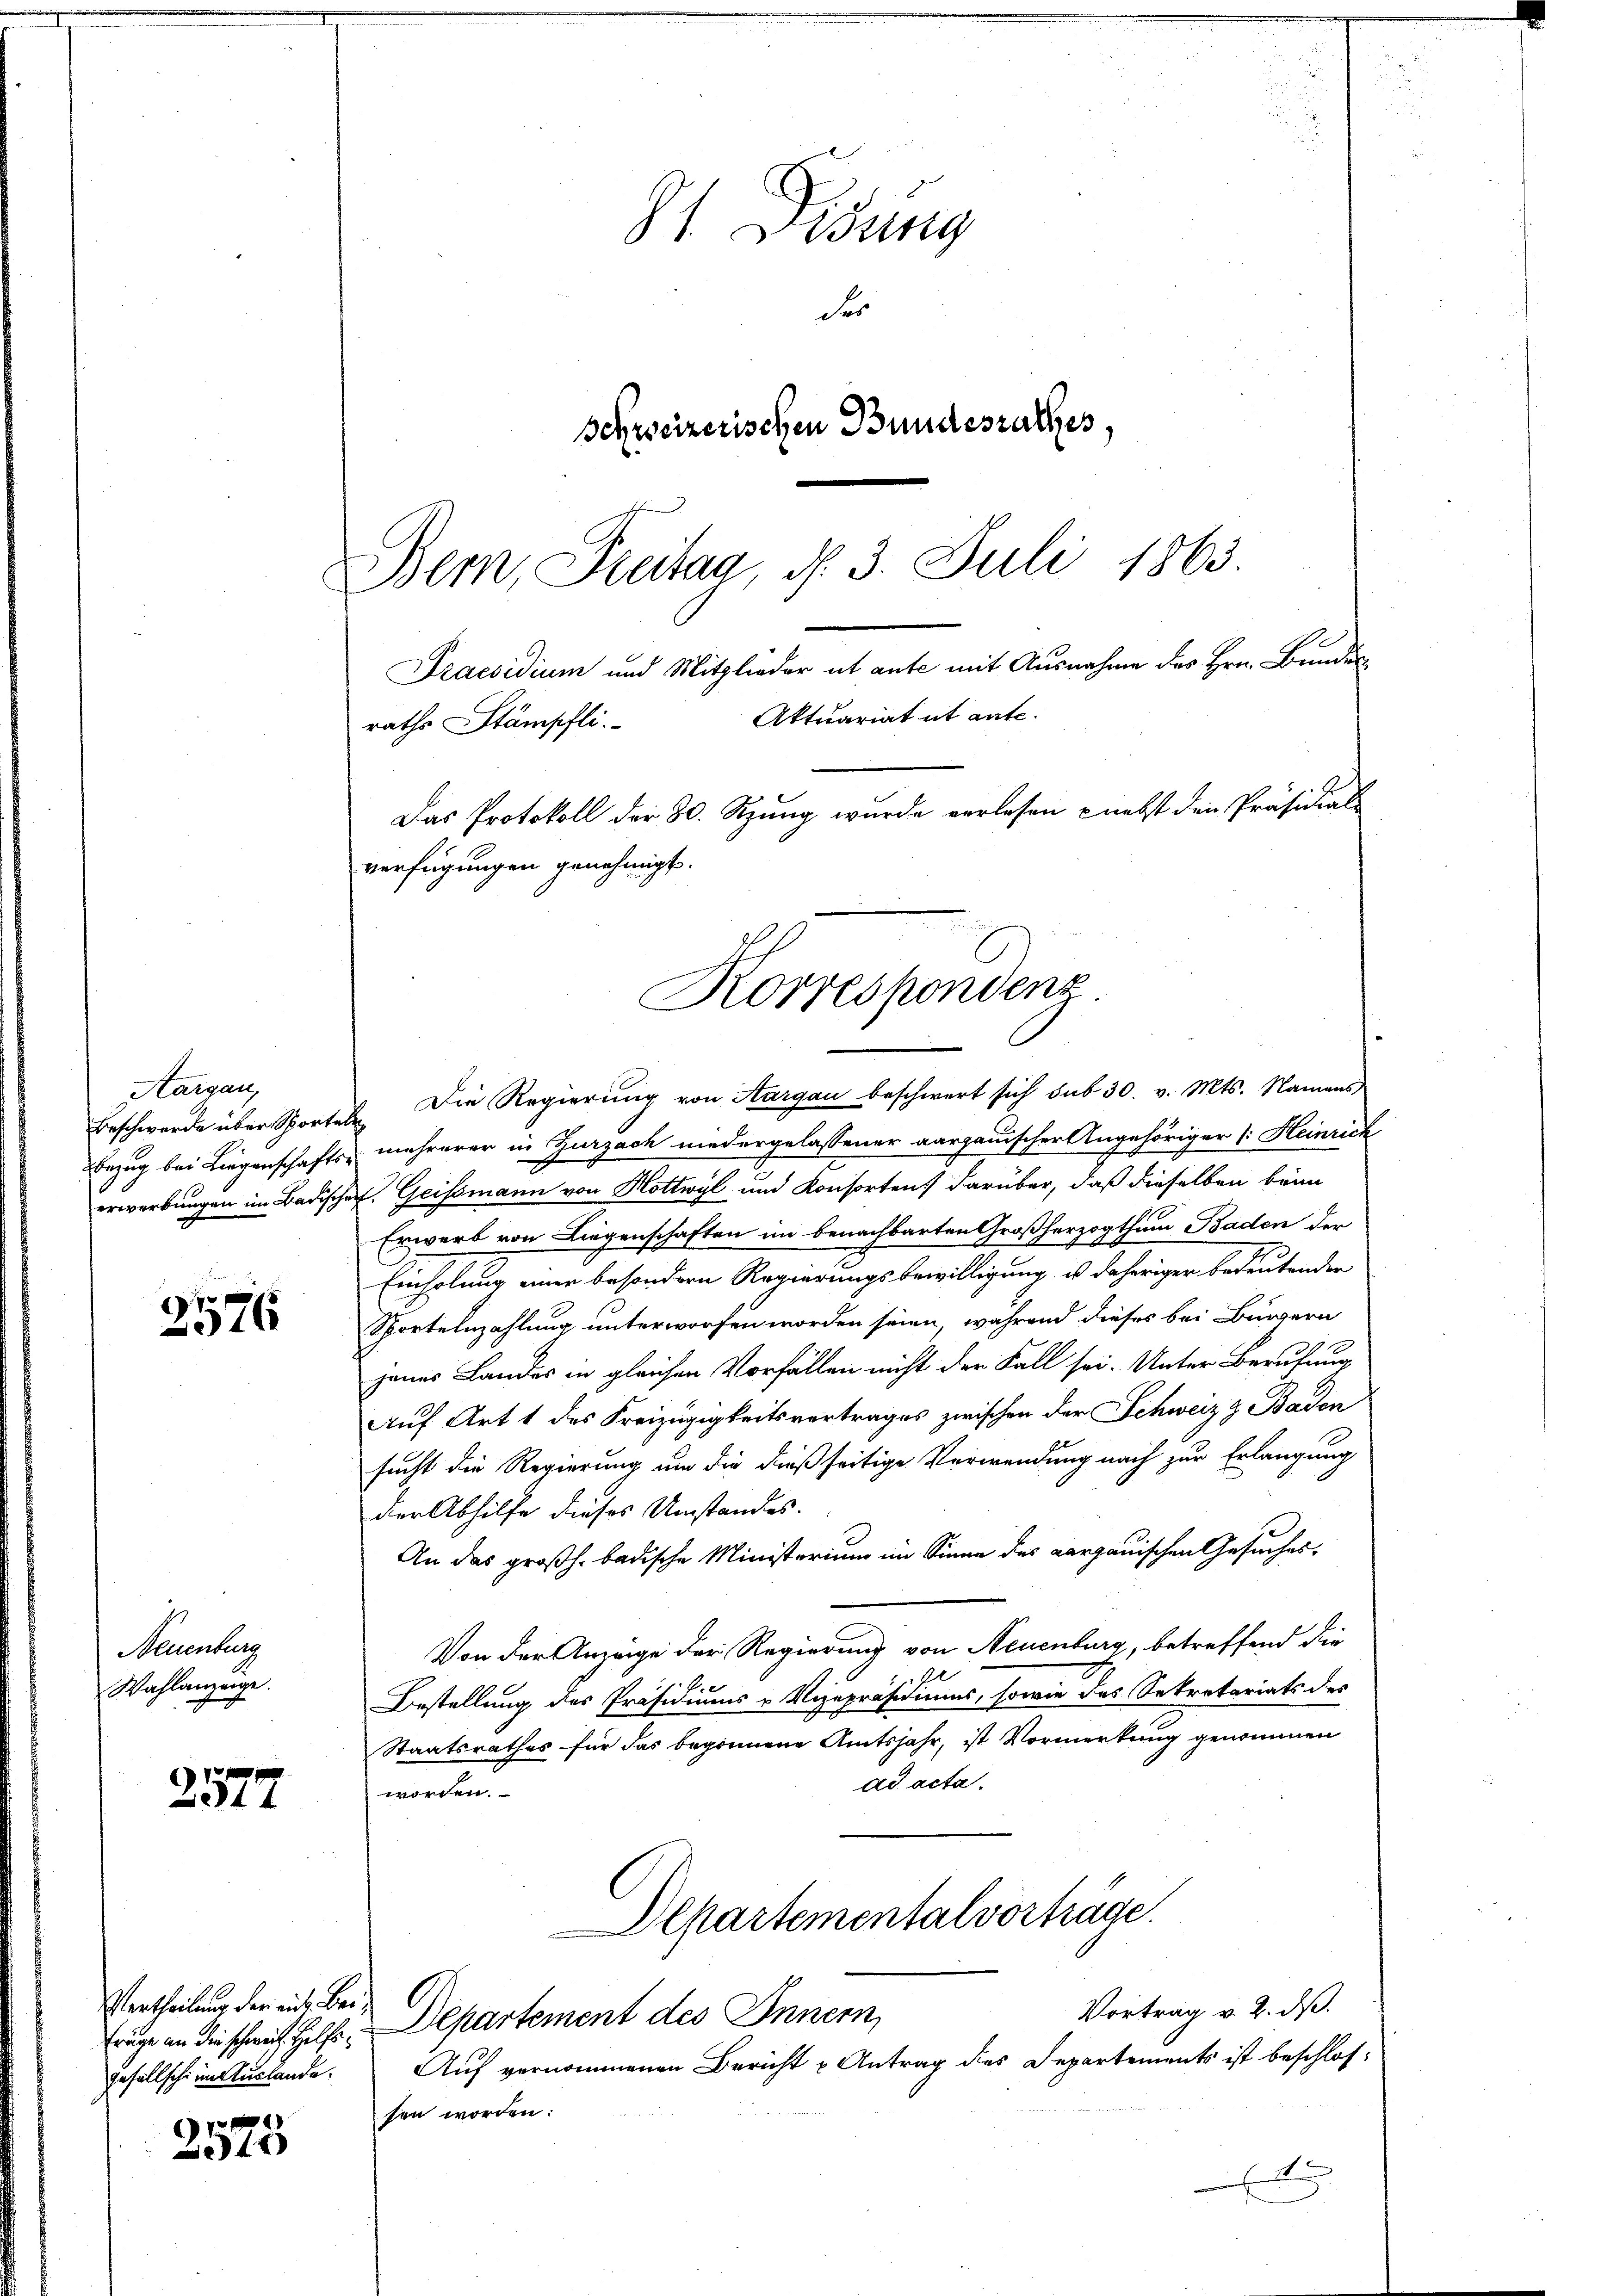
Aargau,
Beschwerde über Sporte
Bezug bei Liegenschafts
erwerbungen im Badisch

7
316

Neuenburg
Wahlanzeige.

2577

träge an die schweiz. Hilfs
gefallschi in Auslande.
.

1x

J. Bisung
der
Schweizerischen Bundesrathes,

Bern, Freitag, d. 3. Juli 1863.
Praesidium und Mitglieder ut ante mit Ausnahme des Hrn. Bundes
Aktuariat it ente.
raths Stämpfli
Das Protokoll der 30. Szung wurde verlesen nebst den Präsidial-
verfügungen genehmigt.
Korrespondenz

". Die Regierŭng von Aargau beschwert sich sub 30. v. Mts. Namens
mehrerer in Zurzach niedergelassener aargauischer Angehöriger (: Heinrich
. Geissmann von Hottwyl und Konsorten darüber, daß dieselben beim
Erwerb von Liegenschaften im benachbarten Großherzogthum Baden der
Einholung mir besondern Regierungsbewilligung u daheriger bedeutenden
Sportelnzahlung unterworfen worden seien, während dieses bei Bürgern
jenes Landes in gleichen Vorfällen nicht der Fall sei. Unter Berufung
Auf Art 1 des Freizügigkeitsvertrages zwischen der Schweiz & Baden
sucht die Regierung um die dießseitige Verwendung nach zur Erlangung
der Abhilfe dieses Umstandes.
An das großh. badische Ministerium im Sinne des Aargauischen Gesuches.
Von der Anzeige der Regierung von Neuenburg, betreffend die
Bestellung des Präsidiums u Vizepräsidiums, sowie des Sekretariats des
Staatsrathes für das begonnene Amtsjahr, ist Vormerkung genommen
ad acta.
worden.
Alpartementalvorträge.
Vortrag v. 2. ds.
Vertheilung der aus Bei Departement des Innern,
Auf vernommenen Bericht u Antrag des Departements ist beschlossen worden: